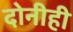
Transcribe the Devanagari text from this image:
दोनीही